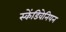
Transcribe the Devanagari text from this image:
स्केंडिवेनियन